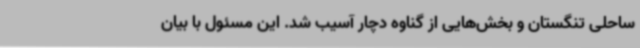
ساحلی تنگستان و بخش‌هایی از گناوه دچار آسیب شد. این مسئول با بیان